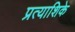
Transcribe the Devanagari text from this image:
प्रत्याशिके